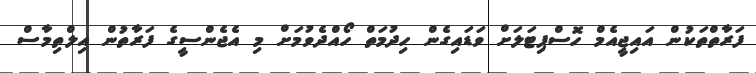
ފަރާތްތަކުން އައިޖީއެމް ހޮސްޕިޓަލަށް ވަޑައިގެން ހިދުމަތް ހޯއްދެވުމަށް މި އެޖެންސީގެ ފަރާތުން އިލްތިމާސް